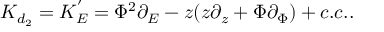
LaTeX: K _ { d _ { 2 } } = K _ { E } ^ { ' } = \Phi ^ { 2 } \partial _ { E } - z ( z \partial _ { z } + \Phi \partial _ { \Phi } ) + c . c . .